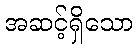
အဆင့်ရှိသော